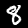
Label: 8